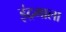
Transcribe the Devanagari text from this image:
इंद्रमाला